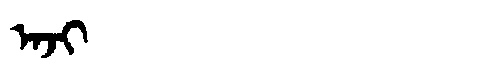
Manchu: ᠠᠵᡳ
Romanization: AJI